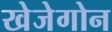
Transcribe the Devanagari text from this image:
खेजेगोन